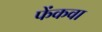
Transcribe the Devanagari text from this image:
फेंकवा